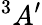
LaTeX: ^{3}A^{\prime}